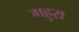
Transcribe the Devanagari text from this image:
गहुरा